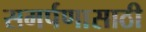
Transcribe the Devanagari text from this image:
समर्पणासाठी